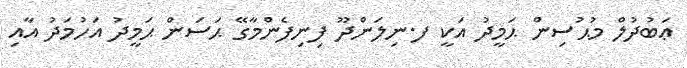
ޢަބުދުލް މުޙުސިން ޙަމީދު އަކީ ފ.ނިލަންދޫ ފިނިފެންމާގޭ ޙަސަން ޙަމީދު އަހުމަދު އާއި